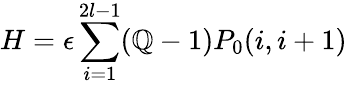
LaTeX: H=\epsilon\sum_{i=1}^{2l-1}(\mathbb{Q}-1)P_{0}(i,i+1)